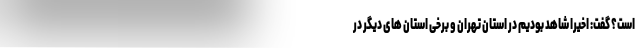
است؟ گفت: اخیرا شاهد بودیم در استان تهران و برخی استان های دیگر در